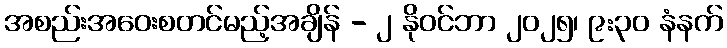
အစည်းအဝေးစတင်မည့်အချိန် - ၂ နိုဝင်ဘာ ၂၀၂၅၊ ၉:၃၀ နံနက်